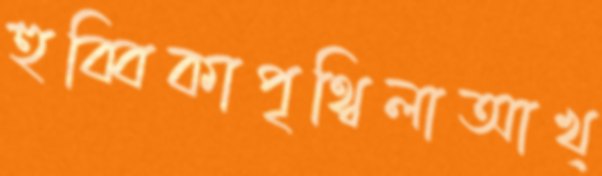
হুব্বিকাপৃথ্বিলাআখ্